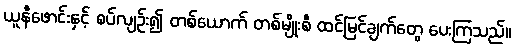
ယူနီဖောင်းနှင့် စပ်လျဉ်း၍ တစ်ယောက် တစ်မျိုးစီ ထင်မြင်ချက်တွေ ပေးကြသည်။